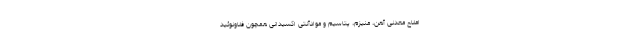
املاح معدنی آهن، منیزم، پتاسیم و موادآنتی اکسیدانی همچون فلاونوئید